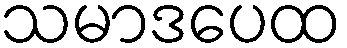
သမာဒပေထ